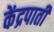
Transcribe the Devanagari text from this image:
केंद्रपाती